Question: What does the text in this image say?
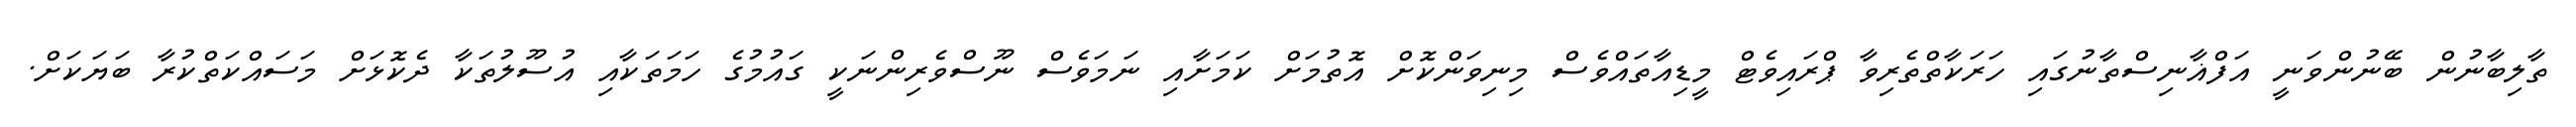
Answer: ތާލިބާނުން ބޭނުންވަނީ އަފްޣާނިސްތާނުގައި ހަރަކާތްތެރިވާ ޕްރައިވެޓް މީޑިއާތައްވެސް މިނިވަންކޮށް އޮތުމަށް ކަމަށާއި ނަމަވެސް ނޫސްވެރިންނަކީ ގައުމުގެ ހަމަތަކާއި އުސޫލުތަކާ ދެކޮޅަށް މަސައްކަތްކުރާ ބަޔަކަށް.